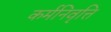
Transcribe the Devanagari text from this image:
कर्मनिवृत्ति